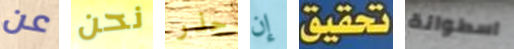
عن نحن حذر إن تحقيق اسطوانة